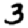
Digit: 3